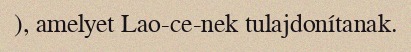
), amelyet Lao-ce-nek tulajdonítanak.